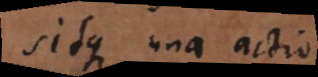
sitque una actio